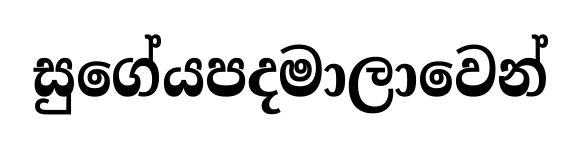
සුගේයපදමාලාවෙන්